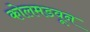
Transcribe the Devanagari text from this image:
कोलमडवून